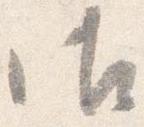
御